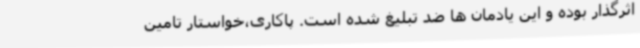
اثرگذار بوده و این یادمان ها ضد تبلیغ شده است. پاکاری،خواستار تامین